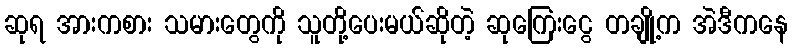
ဆုရ အားကစား သမားတွေကို သူတို့ပေးမယ်ဆိုတဲ့ ဆုကြေးငွေ တချို့က အဲဒီကနေ